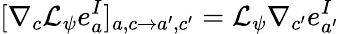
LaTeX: [\nabla_{c}\mathcal{L}_{\psi}e_{a}^{I}]_{a,c\rightarrow a^{\prime},c^{\prime}}=\mathcal{L}_{\psi}\nabla_{c^{\prime}}e_{a^{\prime}}^{I}